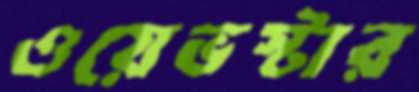
ওয়েভস্টার